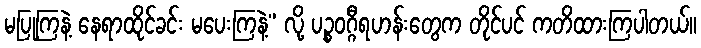
မပြုကြနဲ့ နေရာထိုင်ခင်း မပေးကြနဲ့” လို့ ပဉ္စဝဂ္ဂီရဟန်းတွေက တိုင်ပင် ကတိထားကြပါတယ်။